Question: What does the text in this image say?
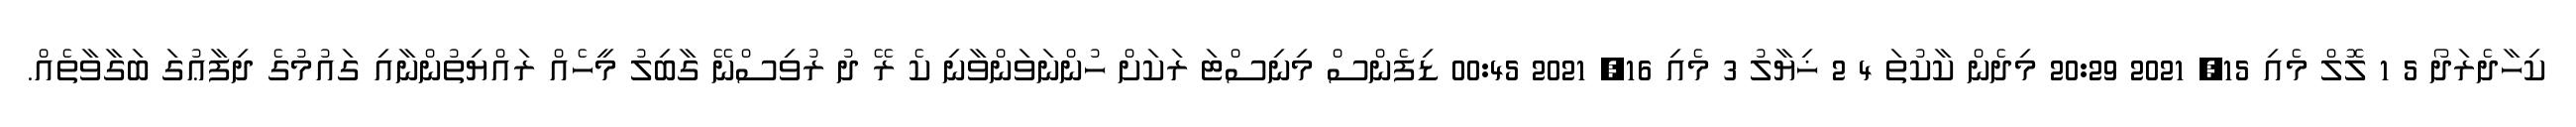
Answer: ކިހާދެރަދޯ 5 1 ލޮލް މެއި 15, 2021 20:29 މިދެން ކާކުތަ 4 2 ޚިޔާލު 3 މެއި 16, 2021 00:45 ޑިފެންސް މިނިސްޓަ ރަކަށް ހުންނަވަންވާނި ކެ ރޭ ދު ރުވިސްނޭ ގާބިލު މީހެއް ރައްޔިތުންނާއި ގައުމުގެ ދިފާޢުގަ ބަގާވާތެއް.